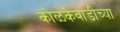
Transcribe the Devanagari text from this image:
कोळकेवाडीच्या